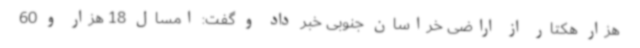
هزار هکتار از اراضی خراسان جنوبی خبر داد و گفت: امسال 18 هزار و 60